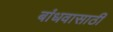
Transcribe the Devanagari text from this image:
बांधवासाठी